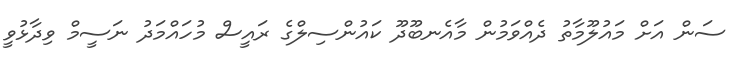
ސަން އަށް މައުލޫމާތު ދެއްވަމުން މާއެނބޫދޫ ކައުންސިލްގެ ރައީސް މުހައްމަދު ނަސީމް ވިދާޅުވީ